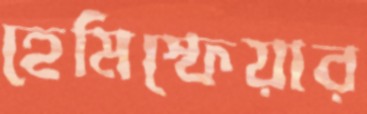
হেমিস্ফেয়ার